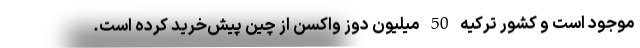
موجود است و کشور ترکیه 50 میلیون دوز واکسن از چین پیش‌خرید کرده است.